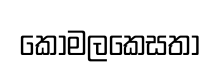
කොමලකෙසතා